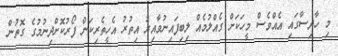
މި ހާދިސާގައި އެއްވެސް މީހަކަށް ގެއްލުމެއް ލިބިފައިނުވާއިރު އިތުރު އެހީތެރިކަން ފޯރުކޮށްދިނުމުގެ ގޮތުން